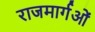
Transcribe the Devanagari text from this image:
राजमार्गओं